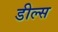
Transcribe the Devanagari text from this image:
डील्स